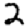
Digit: 2